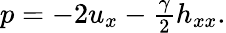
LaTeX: \begin{array}{r}{p=-2u_{x}-\frac{\gamma}{2}h_{xx}.}\end{array}